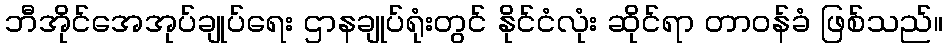
ဘီအိုင်အေအုပ်ချုပ်ရေး ဌာနချုပ်ရုံးတွင် နိုင်ငံလုံး ဆိုင်ရာ တာဝန်ခံ ဖြစ်သည်။